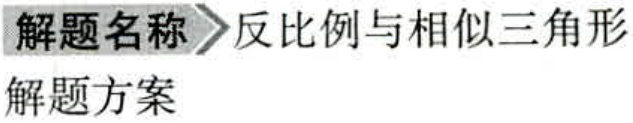
解题名称 \(\rightharpoonup\) 反比例与相似三角形
解题方案